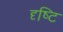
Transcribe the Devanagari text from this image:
दृष्‍टि